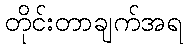
တိုင်းတာချက်အရ